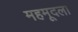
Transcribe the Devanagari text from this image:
महमूदला